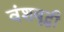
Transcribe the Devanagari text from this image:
वंशवृद्धी